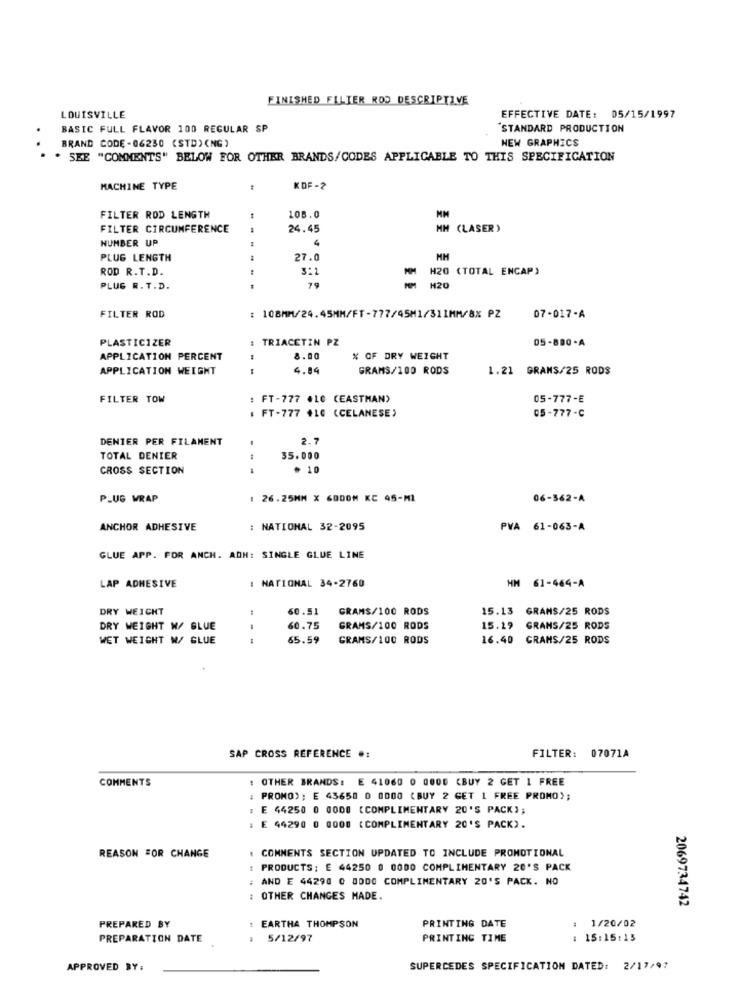
FINISHED FILTER ROD DESCRIPTIVE
LOUISVILLE
EFFECTIVE DATE: 05/15/1997
BASIC FULL FLAVOR 100 REGULAR SP
"STANDARD PRODUCTION
BRAND CODE - 06230 (STD) (NG)
NEW GRAPHICS
. SEE "COMMENTS" BELOW FOR OTHER BRANDS/CODES APPLICABLE TO THIS SPECIFICATION
MACHINE TYPE
KOF-2
FILTER ROD LENGTH
108.0
FILTER CIRCUMFERENCE
24.45
MM (LASER)
NUMBER UP
PLUG LENGTH
27.0
ROD R.T.D.
3:1
MM H20 (TOTAL ENCAP)
PLUG R. T.D.
79
H20
FILTER ROD
: 108MM/24.45MM/FT-777/45M1/31IMM/8% PZ
07-017-A
PLASTICIZER
TRIACETIN PZ
05-880-A
APPLICATION PERCENT
8.00
% OF DRY WEIGHT
APPLICATION WEIGHT
4.84
GRAMS/100 RODS
1.21 GRAMS/25 RODS
FILTER TOW
: FT-777 .10 (EASTMAN)
05-777-E
FT-777 +10 (CELANESE)
05-777-C
DENTER PER FILAMENT
2.7
.
TOTAL DENIER
35.000
CROSS SECTION
* 10
PLUG WRAP
1 26.25MM X 6ODOM KC 45-MI
06-362-A
ANCHOR ADHESIVE
: NATIONAL 32-2095
PVA 61-063-A
GLUE APP. FOR ANCH. ADH: SINGLE GLUE LINE
: NATIONAL 34-2760
LAP ADHESIVE
HM 61-464-A
DRY WEICHT
60.51
GRAMS/100 RODS
15.13 GRAMS/25 RODS
DRY WEIGHT W/ GLUE
60.75
GRAMS/100 RODS
15.19 GRAMS/25 RODS
WET WEIGHT W/ GLUE
65.59
GRAMS/100 RODS
16.40 GRAMS/25 RODS
FILTER: 07071A
SAP CROSS REFERENCE .:
COMMENTS
: OTHER BRANDS: E 41060 0 0000 CBUY 2 GET 1 FREE
: PROMO); E 43658 0 0000 (BUY 2 GET 1 FREE PROMO);
: E 44250 0 0000 (COMPLIMENTARY 20'S PACK);
: E 44290 0 0000 ( COMPLIMENTARY 20'S PACK).
COMMENTS SECTION UPDATED TO INCLUDE PROMOTIONAL
REASON FOR CHANGE
: PRODUCTS: E 44250 0 0000 COMPLIMENTARY 20'S PACK
AND E 44290 0 8DOO COMPLIMENTARY 20'S PACK. NO
: OTHER CHANGES MADE.
2069734742
1/20/02
PREPARED BY
EARTHA THOMPSON
PRINTING DATE
PREPARATION DATE
5/12/97
PRINTING TIME
: 15:15:13
APPROVED BY:
SUPERCEDES SPECIFICATION DATED: 2/17/97